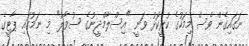
ނަގައިގެން ވެސް މިމަހުގެ ކުރީކޮޅު ވަނީ "އިސްލާމްދީނުގެ ސުވާލު" މި ނަމުގައި ޕާޓީގެ